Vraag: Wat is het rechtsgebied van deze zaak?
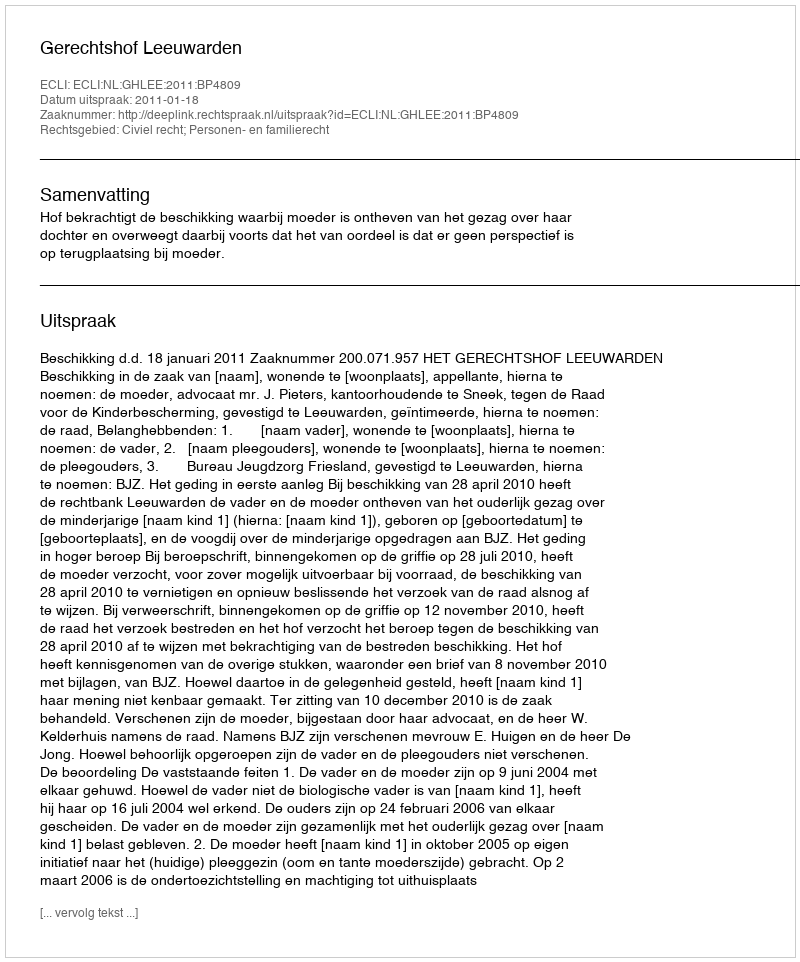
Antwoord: Civiel recht; Personen- en familierecht